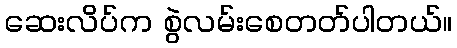
ဆေးလိပ်က စွဲလမ်းစေတတ်ပါတယ်။